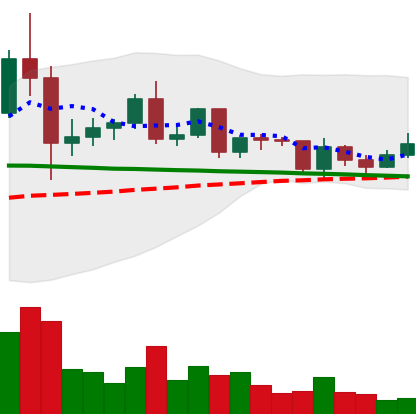
Ticker: ETC-USD
Chart end date: 2020-12-13
Forward return: 4.718%
Label: up_3_5